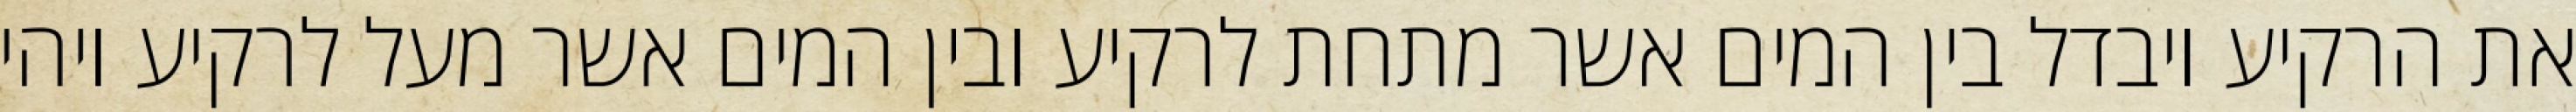
את הרקיע ויבדל בין המים אשר מתחת לרקיע ובין המים אשר מעל לרקיע ויהי